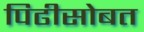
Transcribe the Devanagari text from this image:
पिढीसोबत